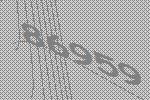
86959